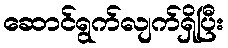
ဆောင်ရွက်လျက်ရှိပြီး